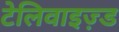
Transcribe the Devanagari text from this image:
टेलिवाइज़्ड